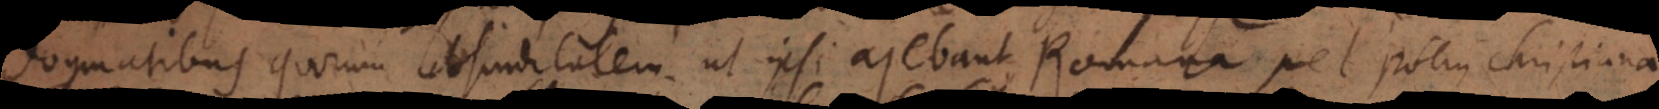
dogmatibus quorum absurditatem, ut ipsi ajebant, Romana Ecclesia